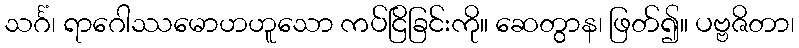
သင်္ဂံ၊ ရာဂေါဿမောဟဟူသော ကပ်ငြိခြင်းကို။ ဆေတွာန၊ ဖြတ်၍။ ပဗ္ဗဇိတာ၊